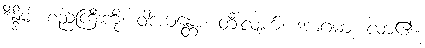
ဒိန္ဒိမံ၊ စည်ကြီးကို။ ဝါဒယန္တော၊ တီးလျက်။ အာဂမာ၊ လာ၏။